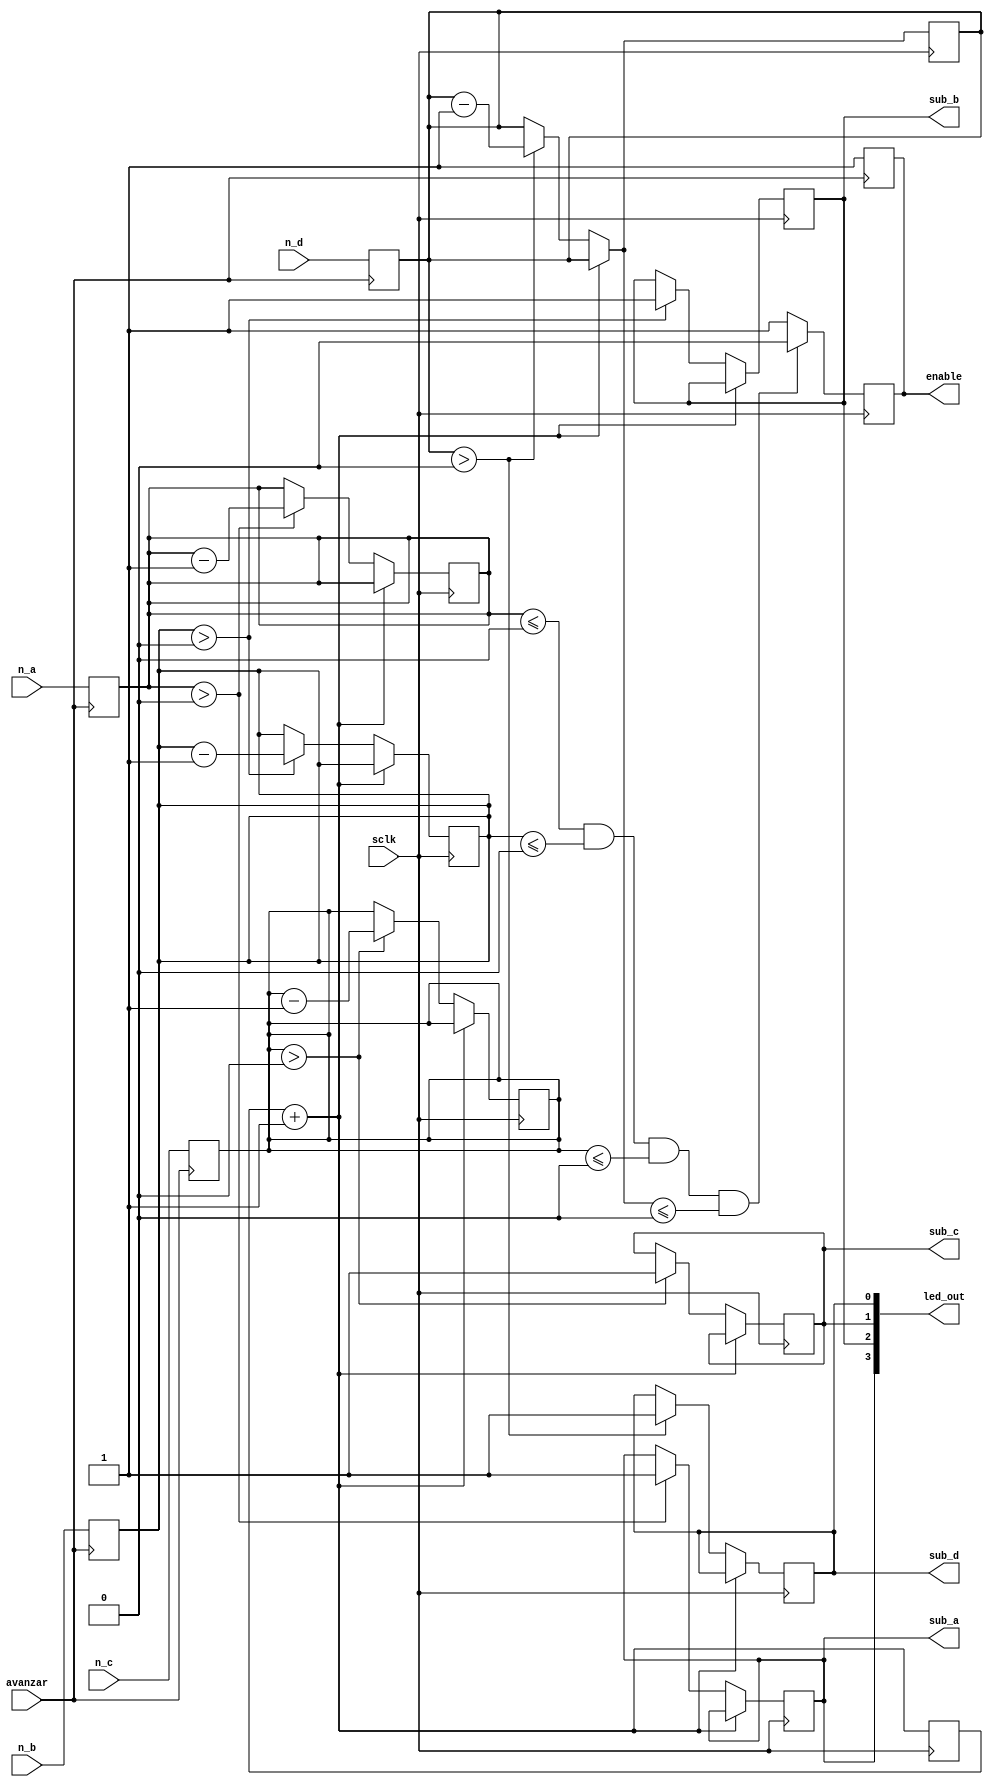
`timescale 1ns / 1ps
//////////////////////////////////////////////////////////////////////////////////
// Company: 
// Engineer: 
// 
// Design Name: 
// Module Name: dar_vuelto
// Project Name: 
// Target Devices: 
// Tool Versions: 
// Description: 
// 
// Dependencies: 
// 
// Revision:
// Revision 0.01 - File Created
// Additional Comments:
// 
//////////////////////////////////////////////////////////////////////////////////


module dar_vuelto(
    input sclk,
    input avanzar,
    input [9:0] n_a,
    input [9:0] n_b,
    input [9:0] n_c,
    input [9:0] n_d,
    output reg enable,
    output reg sub_a,
    output reg sub_b,
    output reg sub_c,
    output reg sub_d,
    output [3:0]led_out
    );
    
    reg [9:0]left_a;
    reg [9:0]left_b;
    reg [9:0]left_c;
    reg [9:0]left_d;
    reg counter;
    assign led_out = {sub_a,sub_b,sub_c,sub_d};
    
    initial begin
        sub_a <= 0;
        sub_b <= 0;
        sub_c <= 0;
        sub_d <= 0;
        enable <= 0;
    end
    always@(posedge avanzar)begin
        enable <= 1;
        left_a = n_a;
        left_b = n_b;
        left_c = n_c;
        left_d = n_d;
    end
    always@(posedge sclk)begin
    counter = counter +1;
    case(counter)
    1'b0: begin
    if (left_a > 0)begin
        left_a <= left_a -1;
        sub_a <= 1;
    end
    if (left_b > 0)begin
        left_b <= left_b -1;
        sub_b <= 1;
    end
    if (left_c > 0)begin
        left_c <= left_c -1;
        sub_c <= 1;
    end
    if (left_d > 0)begin
        left_d = left_d -1;
        sub_d <= 1;
    end
    end
    1'b0: begin
    sub_a <= 0;
    sub_b <= 0;
    sub_c <= 0;
    sub_d <= 0;
    end
    endcase
    enable <= (left_a <= 0 & left_b <= 0 &left_c <= 0&left_d <= 0) ? 0:1;
    end
endmodule